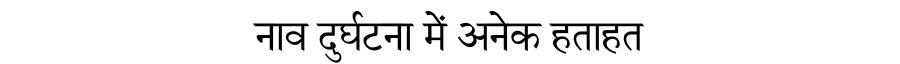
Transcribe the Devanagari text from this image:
नाव दुर्घटना में अनेक हताहत